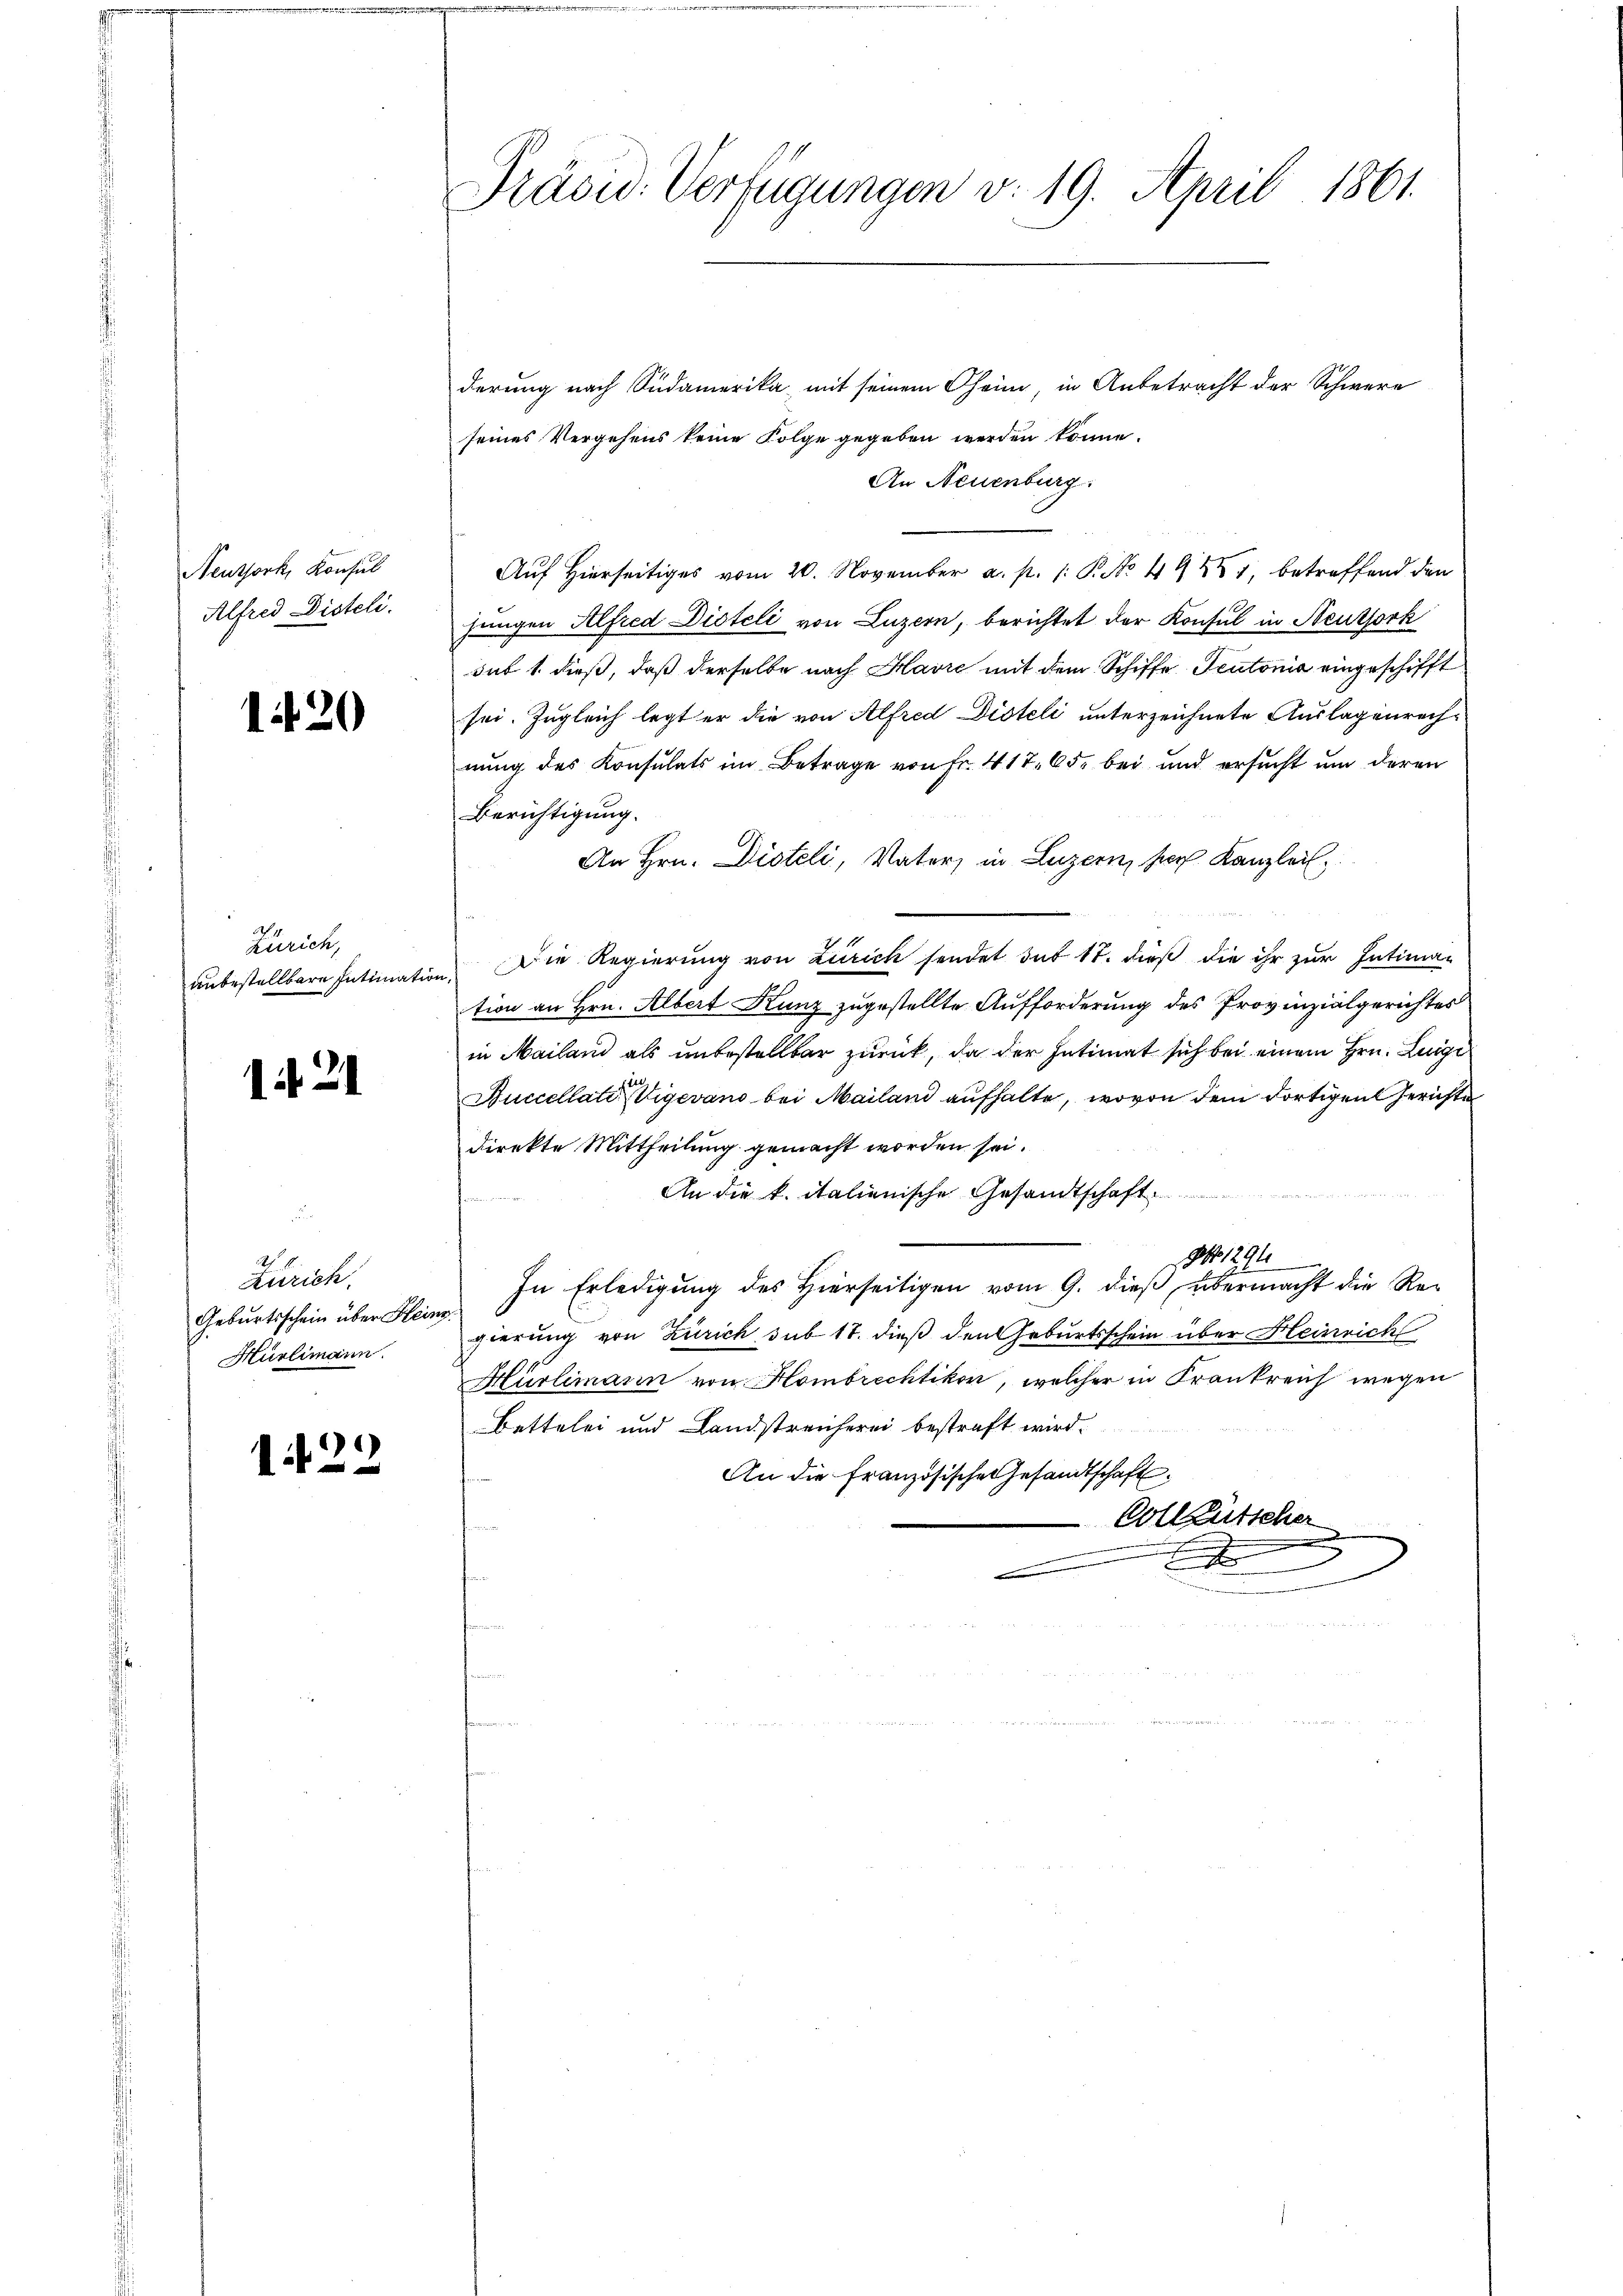
Neuthork, Konsul
Alfred Disteli.

120

Zürich,
unbestellbare Intimatio

121

Zürich.
Geburtsschein über Heim
Hürlimann.

129

Präsid. Verfügungen v. 19. April 1861.

derung nach Südamerika, mit seinem Theim, in Anbetracht der Schwere
seines Vergehens keine Folge gegeben werden könne.
An Neuenburg.
Auf Hierseitiges vom 20. November a. p. 1: P. No. 49481, betreffend den
jungen Alfred Disteli von Luzern, berichtet der Konsul in Neuthork
sub 1. dieß, daß derselbe nach Havre mit dem Schiffe Teutonia eingeschifft
sei. Zugleich legt er die von Alfred Disteli unterzeichnete Auslagenrechnung des Konsulats im Betrage von Fr. 417, 65, bei und ersucht um deren
Berichtigung.
An Hrn. Disteli, Vater, in Luzern, sich Kanzlei
u. Die Regierung von Zürich sendet dit 17. dieß die ihr zur Intima-
tion an Hrn. Albert Kunz zugestellte Aufforderung des Provinzialgerichtes
in Mailand als unbestellbar zurück, da der Intimat sich bei einem Hrn. Luigi
Buccellati  Vigevano bei Mailand aufhalte, wovon dem dortigen Gerichte
Direkte Mittheilung gemacht worden sei.
An die k. italienische Gesandtschaft ........
Ao. 1294
In Erledigung des Hierseitigen vom 9. dieß übermacht die Re-
gierung von Zürich sub 17. dieß den Geburtsschein über Heinrich
Hürlimann von Hombrechtikon, welcher in Frankreich wegen
Bettelei und Landstreicherei bestraft wird.
An die Französische Gesandtschaft
Collgütscher
x